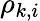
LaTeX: \rho_{k,i}